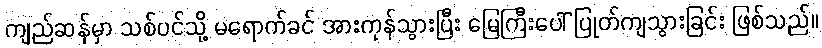
ကျည်ဆန်မှာ သစ်ပင်သို့ မရောက်ခင် အားကုန်သွားပြီး မြေကြီးပေါ် ပြုတ်ကျသွားခြင်း ဖြစ်သည်။